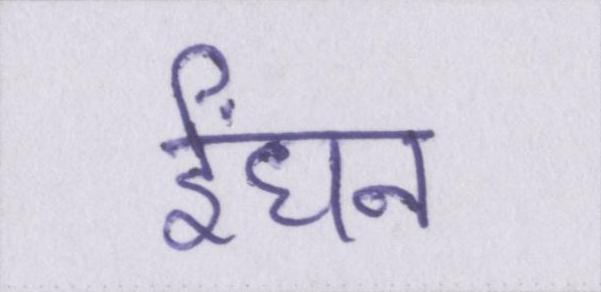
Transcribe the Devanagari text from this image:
ईंधन